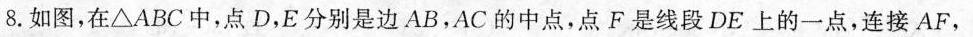
8.如图，在△ABC中，点D，E分别是边AB，AC的中点，点F是线段DE上的一点，连接AF，